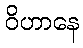
ဝိဟာနေ